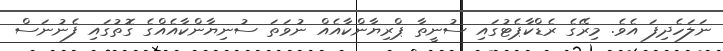
ނަލަހެދިފަ އެވެ. މިރޭގެ ރެޑްކާޕެޓުގައި ސުނީތާ ޕްރިޔާންކާއެއް ނުވަތަ ސުނިޔާންކާއެއްގެ ގޮތުގައި ފެނުނަސް